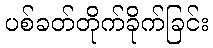
ပစ်ခတ်တိုက်ခိုက်ခြင်း